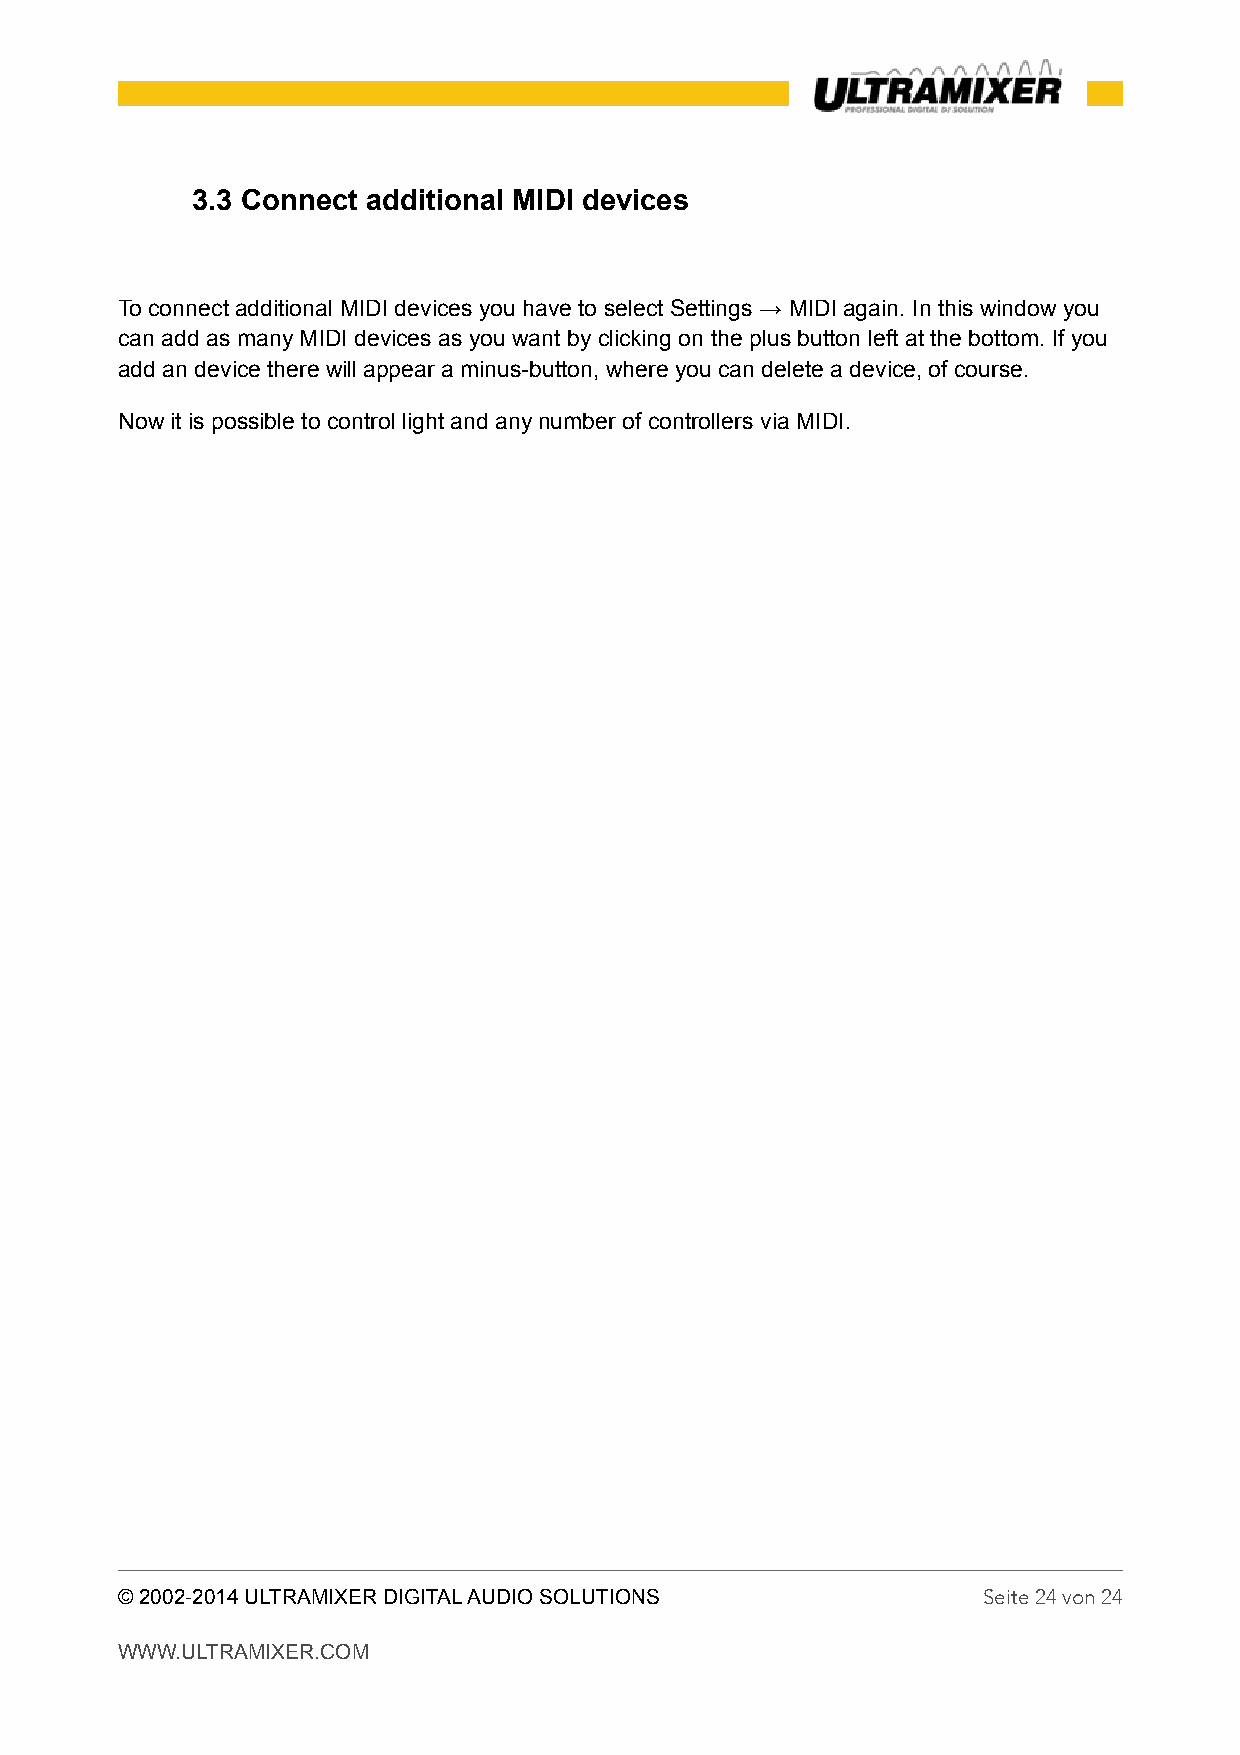
3.3 Connect additional MIDI devices
 To connect additional MIDI devices you have to select Settings → MIDI again. In this window you
 can add as many MIDI devices as you want by clicking on the plus button left at the bottom. If you
 add an device there will appear a minus-button, where you can delete a device, of course.
 Now it is possible to control light and any number of controllers via MIDI.
 © 2002-2014 ULTRAMIXER DIGITAL AUDIO SOLUTIONS           Seite 24 von 24
 WWW.ULTRAMIXER.COM